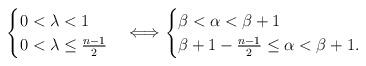
LaTeX: \begin{align*}\begin{cases}0 < \lambda < 1 \\ 0 < \lambda \le \frac{n-1}{2}\end{cases} \Longleftrightarrow \begin{cases}\beta < \alpha < \beta +1 \\ \beta +1 - \frac{n-1}{2} \le \alpha < \beta +1.\end{cases} \end{align*}